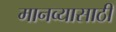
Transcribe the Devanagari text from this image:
मानव्यासाठी